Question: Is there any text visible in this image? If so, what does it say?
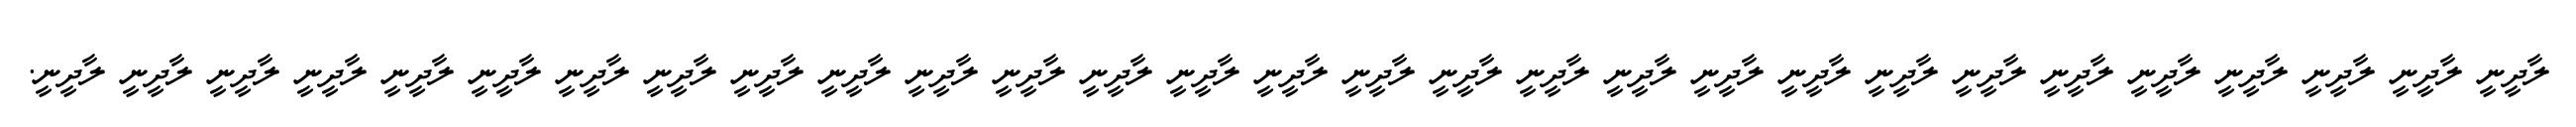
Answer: ލާދީނީ ލާދީނީ ލާދީނީ ލާދީނީ ލާދީނީ ލާދީނީ ލާދީނީ ލާދީނީ ލާދީނީ ލާދީނީ ލާދީނީ ލާދީނީ ލާދީނީ ލާދީނީ ލާދީނީ ލާދީނީ ލާދީނީ ލާދީނީ ލާދީނީ ލާދީނީ ލާދީނީ ލާދީނީ ލާދީނީ ލާދީނީ ލާދީނީ ލާދީނީ ލާދީނީ ލާދީނީ ލާދީނީ.